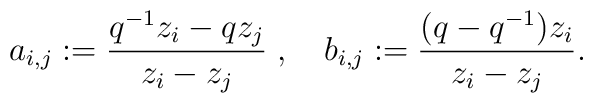
a_{i,j} := \frac{q^{-1}z_i - qz_j}{z_i-z_j}\; , \quad   b_{i,j}  :=\frac{(q-q^{-1})z_i}{z_i-z_j}.